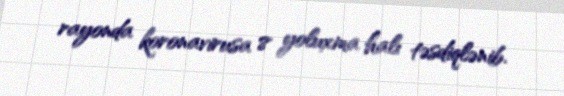
rayonda koronavirusa 8 yoluxma halı təsdiqlənib.